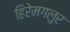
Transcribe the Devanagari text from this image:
हिरेमगलुर